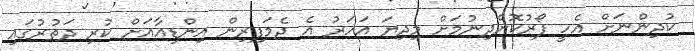
ކުދިންނަށް އެހީ ފޯރުކޮށްދިނުމަށް މިދިޔަ އަހަރު އެ ދެމަފިރިން އިންޑިއާއަށް ކުރި ދަތުރުގައި